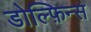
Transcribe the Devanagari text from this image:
डोल्फ़िन्स